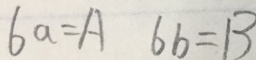
6 a = A 6 b = B